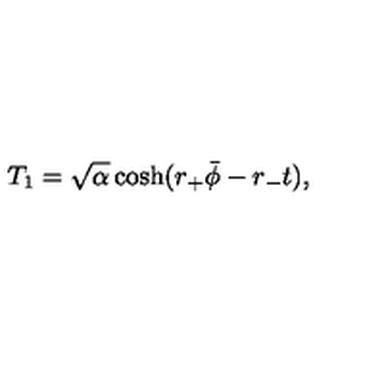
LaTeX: T _ { 1 } = \sqrt { \alpha } \cosh ( r _ { + } \bar { \phi } - r _ { - } t ) ,